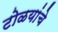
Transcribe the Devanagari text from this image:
टोळयांचे